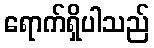
ရောက်ရှိပါသည်